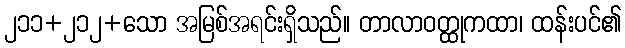
၂၁၁+၂၁၂+သော အမြစ်အရင်းရှိသည်။ တာလာဝတ္ထုကထာ၊ ထန်းပင်၏